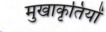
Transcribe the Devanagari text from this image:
मुखाकृतियों